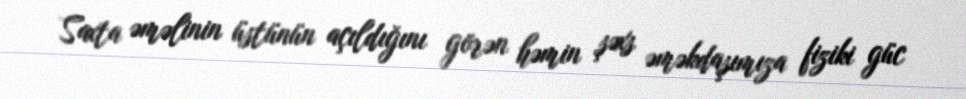
Saxta əməlinin üstünün açıldığını görən həmin şəxs əməkdaşımıza fiziki güc